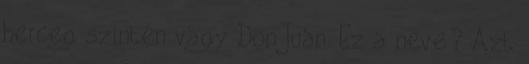
herceg szintén vagy Don Juan. Ez a neve? Azt